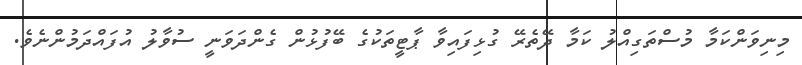
މިނިވަންކަމާ މުސްތަގިއްލު ކަމާ ދޭތެރޭ ގުޅިފައިވާ ޕާޓީތަކުގެ ބޭފުޅުން ގެންދަވަނީ ސުވާލު އުފައްދަމުންނެވެ.